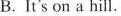
B.It's on a hill.